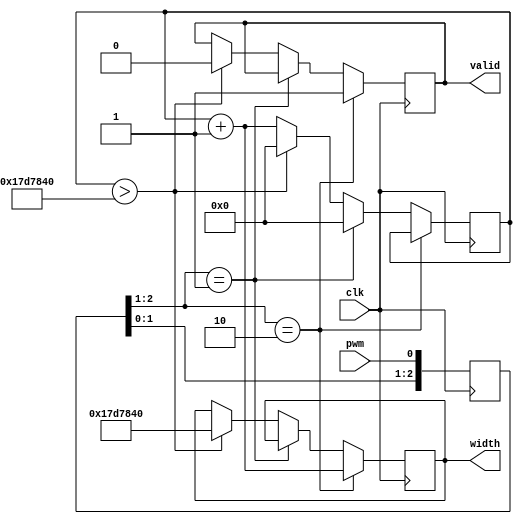

module pwmin
    #(parameter RESET_CNT = 25000000)
     (
         input clk,
         input pwm,
         output reg valid,
         output reg [31:0] width = 0
     );
    reg [31:0] width_cnt = 0;

    reg[2:0] SIGr;  always @(posedge clk) SIGr <= {SIGr[1:0], pwm};
    wire SIG_risingedge = (SIGr[2:1]==2'b01);
    wire SIG_fallingedge = (SIGr[2:1]==2'b10);

    always @(posedge clk)
    begin
        if (SIG_fallingedge) begin
            width <= width_cnt + 1;
            valid <= 1;
        end else if (SIG_risingedge) begin
            width_cnt <= 0;
        end else begin
            width_cnt <= width_cnt + 1;
            if (width_cnt > RESET_CNT) begin
                width <= RESET_CNT;
                valid <= 0;
                width_cnt <= 0;
            end
        end
    end
endmodule